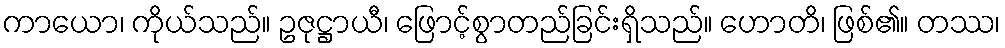
ကာယော၊ ကိုယ်သည်။ ဥဇုဋ္ဌာယီ၊ ဖြောင့်စွာတည်ခြင်းရှိသည်။ ဟောတိ၊ ဖြစ်၏။ တဿ၊